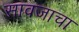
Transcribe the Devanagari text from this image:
सावजाचा